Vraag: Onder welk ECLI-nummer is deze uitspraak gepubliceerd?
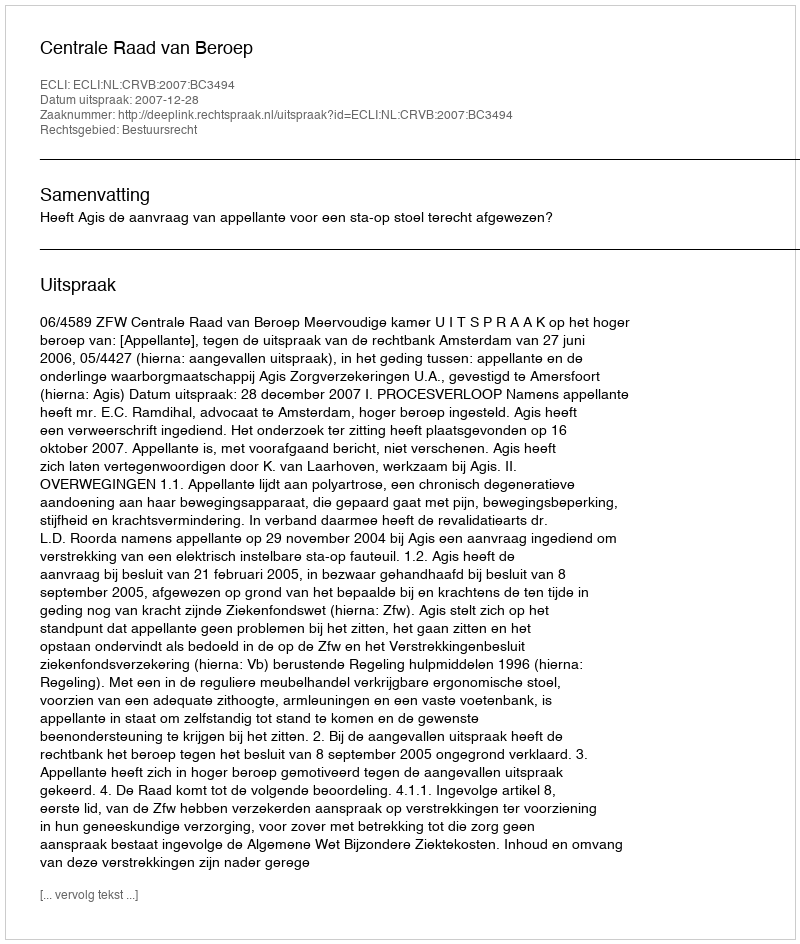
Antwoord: ECLI:NL:CRVB:2007:BC3494